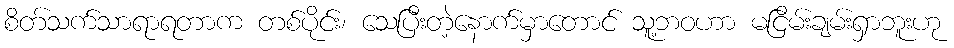
စိတ်သက်သာရာရတာက တစ်ပိုင်း၊ သေပြီးတဲ့နောက်မှာတောင် သူ့ဘဝဟာ မငြိမ်းချမ်းရှာဘူးဟု